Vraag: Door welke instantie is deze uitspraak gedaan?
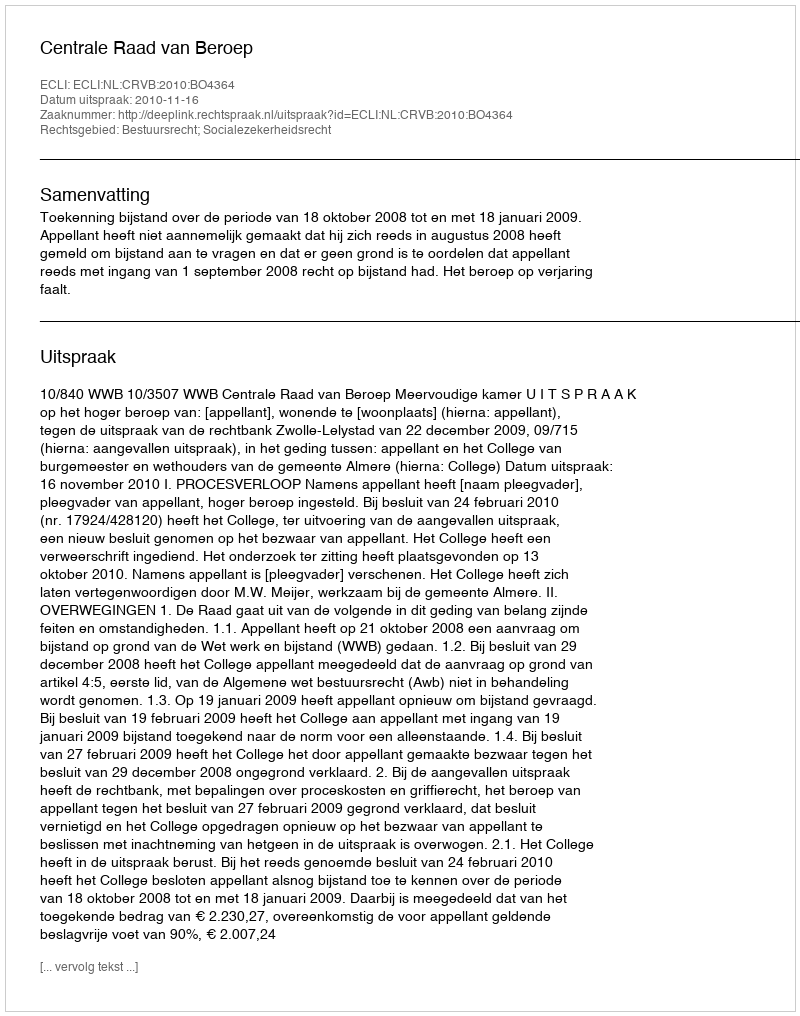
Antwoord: Centrale Raad van Beroep